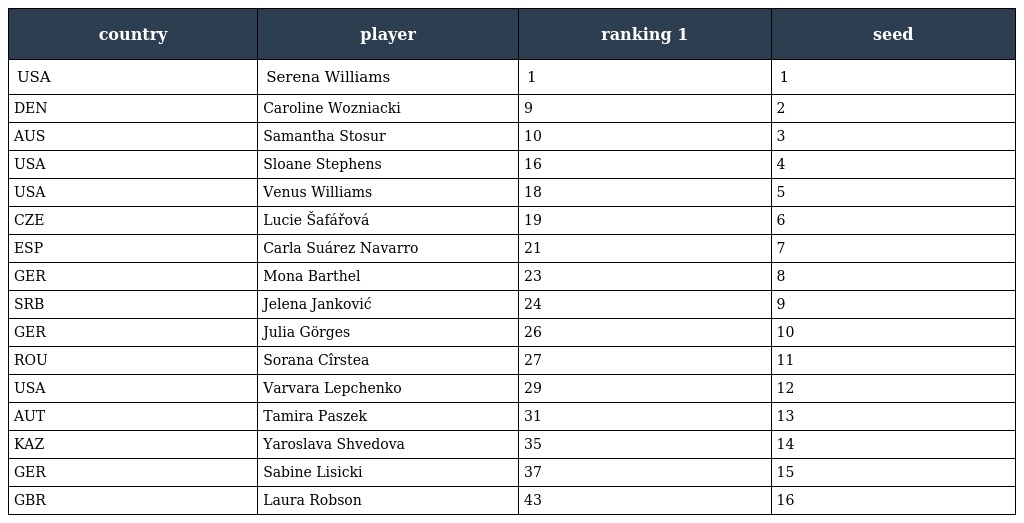
| country | player | ranking 1 | seed |
 | --- | --- | --- | --- |
 | USA | Serena Williams | 1 | 1 |
 | DEN | Caroline Wozniacki | 9 | 2 |
 | AUS | Samantha Stosur | 10 | 3 |
 | USA | Sloane Stephens | 16 | 4 |
 | USA | Venus Williams | 18 | 5 |
 | CZE | Lucie Šafářová | 19 | 6 |
 | ESP | Carla Suárez Navarro | 21 | 7 |
 | GER | Mona Barthel | 23 | 8 |
 | SRB | Jelena Janković | 24 | 9 |
 | GER | Julia Görges | 26 | 10 |
 | ROU | Sorana Cîrstea | 27 | 11 |
 | USA | Varvara Lepchenko | 29 | 12 |
 | AUT | Tamira Paszek | 31 | 13 |
 | KAZ | Yaroslava Shvedova | 35 | 14 |
 | GER | Sabine Lisicki | 37 | 15 |
 | GBR | Laura Robson | 43 | 16 |